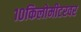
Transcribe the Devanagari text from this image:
१०किलोमीटरवर